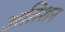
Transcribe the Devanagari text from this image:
अतिशन